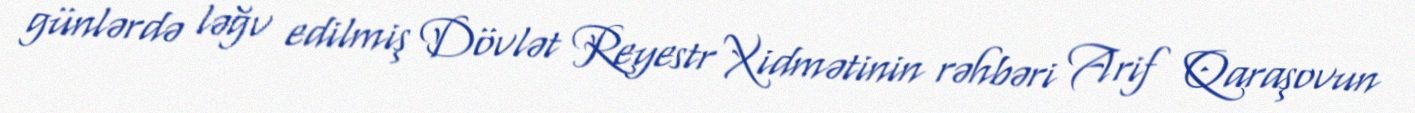
günlərdə ləğv edilmiş Dövlət Reyestr Xidmətinin rəhbəri Arif Qaraşovun